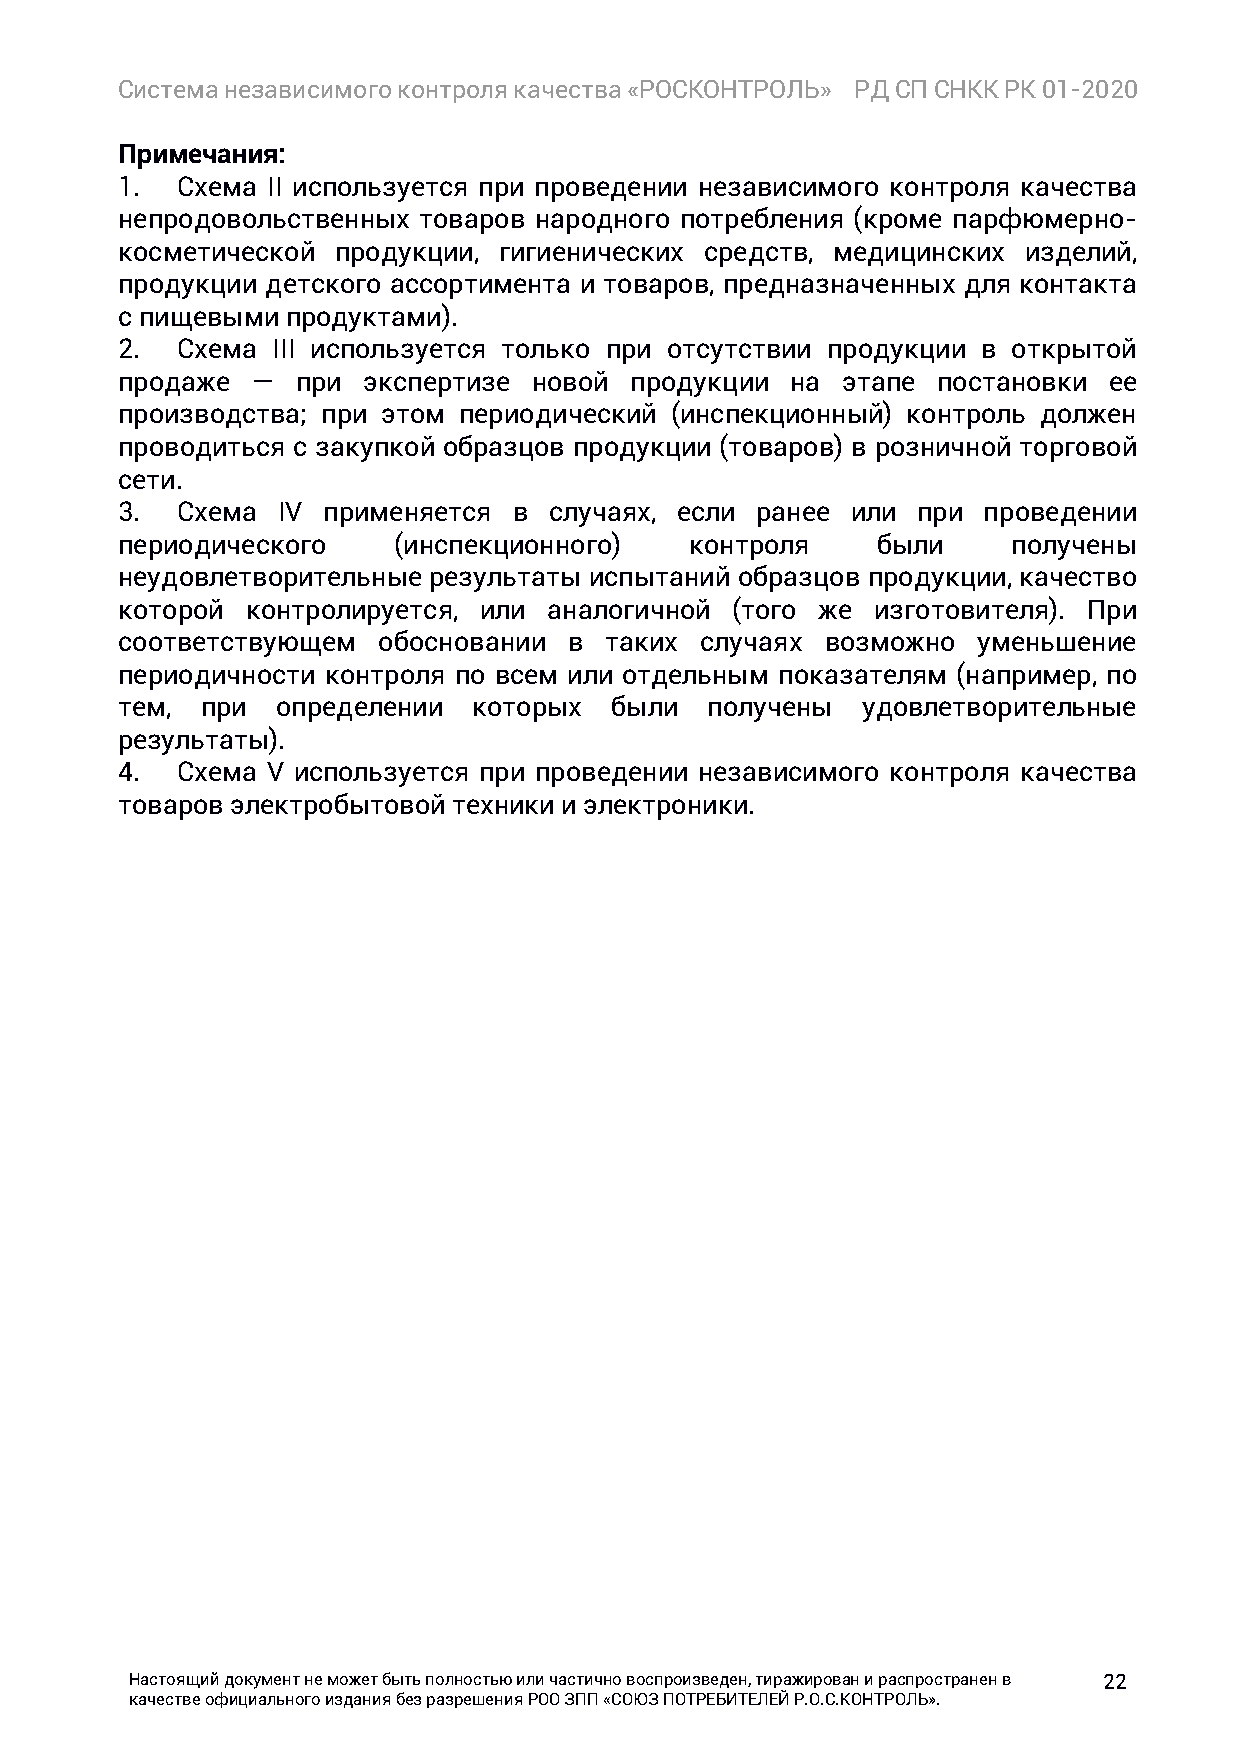
Система независимого контроля качества «РОСКОНТРОЛЬ» РД СП СНКК РК 01-2020
 Примечания:
 1.  Схема II используется при проведении независимого контроля качества
 непродовольственных товаров народного потребления (кроме парфюмерно-
 косметической продукции, гигиенических средств, медицинских изделий,
 продукции детского ассортимента и товаров, предназначенных для контакта
 с пищевыми продуктами).
 2.  Схема III используется только при отсутствии продукции в открытой
 продаже  —  при экспертизе новой  продукции на  этапе постановки ее
 производства; при этом периодический (инспекционный) контроль должен
 проводиться с закупкой образцов продукции (товаров) в розничной торговой
 сети.
 3.  Схема IV применяется  в случаях, если ранее или  при проведении
 периодического    (инспекционного)    контроля    были     получены
 неудовлетворительные результаты испытаний образцов продукции, качество
 которой контролируется, или аналогичной (того же  изготовителя). При
 соответствующем  обосновании  в таких случаях  возможно  уменьшение
 периодичности контроля по всем или отдельным показателям (например, по
 тем, при  определении  которых  были   получены  удовлетворительные
 результаты).
 4.  Схема V используется при проведении независимого контроля качества
 товаров электробытовой техники и электроники.
 Настоящий документ не может быть полностью или частично воспроизведен, тиражирован и распространен в 22
 качестве официального издания без разрешения РОО ЗПП «СОЮЗ ПОТРЕБИТЕЛЕЙ Р.О.С.КОНТРОЛЬ».